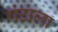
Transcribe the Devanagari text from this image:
गंटाला